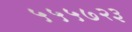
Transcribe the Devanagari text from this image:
५५५७२३